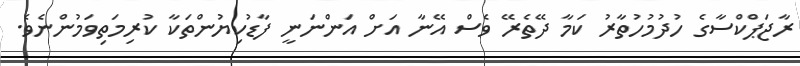
ރާޖަޕްކްސާގެ ހުދުމުހުތާރު ކަމާ ދޭތެރޭ ވެސް އޭނާ އަށް އަންނަނީ ފާޑުކިޔުންތަކާ ކުރިމަތިވަމުންނެވެ.